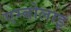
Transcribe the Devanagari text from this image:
एम्बोलाइ